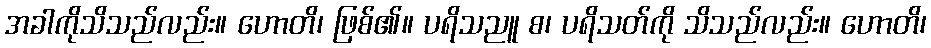
အခါကိုသိသည်လည်း။ ဟောတိ၊ ဖြစ်၏။ ပရိသညူ စ၊ ပရိသတ်ကို သိသည်လည်း။ ဟောတိ၊